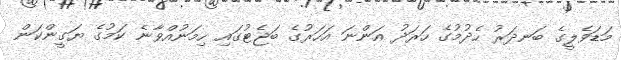
މަޑަވެލީގެ ބަނދަރު ހެދުމުގެ ހަރަދު އަންނަ އަހަރުގެ ބަޖެޓުގައި ހިމަނުއްވާނެ ކަމުގެ ޔަގީންކަން